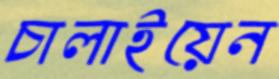
চালাইয়েন